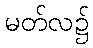
မတ်လ၌